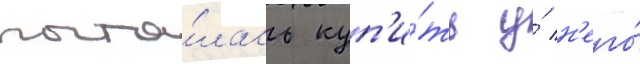
пыта́лась куп'и́ть у́ н'его́